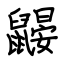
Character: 鼹